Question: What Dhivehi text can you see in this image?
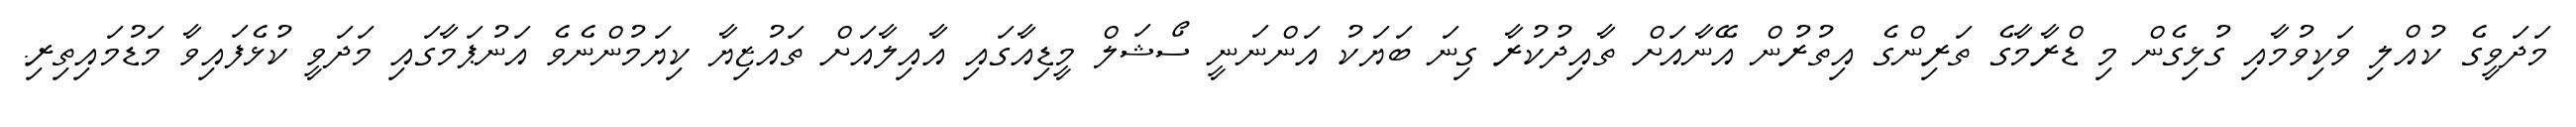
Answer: މަދަވީގެ ކުއްލި ވަކިވުމާއި ގުޅިގެން މި ޑްރާމާގެ ތަރިންގެ އިތުރުން އޭނާއަށް ތާއިދުކުރާ ގިނަ ބަޔަކު އަންނަނީ ސޯޝަލް މީޑިއާގައި އާއިލާއަށް ތައުޒިޔާ ކިޔަމުންނެވެ އަނުޕަމާގައި މަދަވީ ކުޅެފައިވާ މަޑުމައިތިރި.